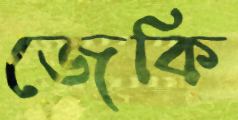
জেকি